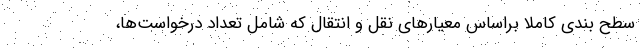
سطح بندی کاملاً براساس معیارهای نقل و انتقال که شامل تعداد درخواست‌ها،